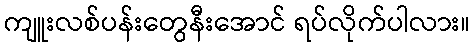
ကျူးလစ်ပန်းတွေနီးအောင် ရပ်လိုက်ပါလား။